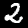
Label: 2